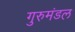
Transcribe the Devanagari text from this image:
गुरुमंडल